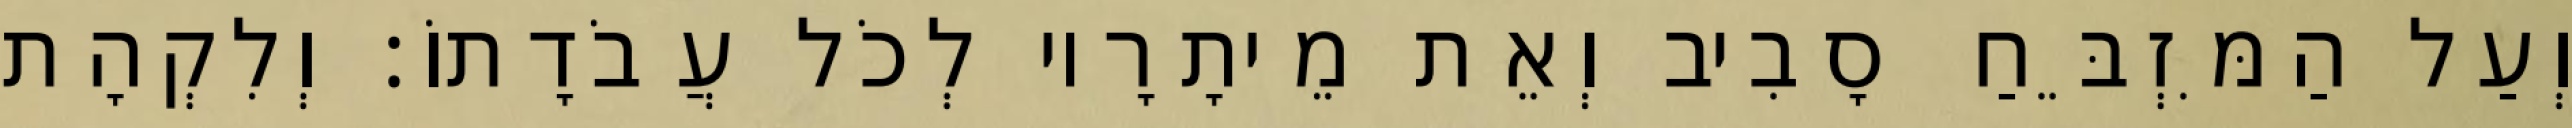
וְעַל הַמִּזְבֵּחַ סָבִיב וְאֵת מֵיתָרָיו לְכֹל עֲבֹדָתוֹ׃ וְלִקְהָת